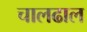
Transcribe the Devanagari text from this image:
चालढाल